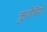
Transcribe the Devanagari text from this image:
क्रुजेरियो